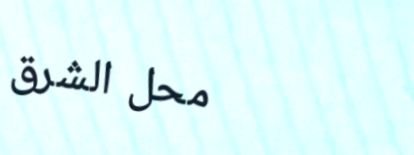
محل الشرق